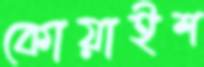
কোয়াইশ